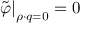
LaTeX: \left. \tilde { \varphi } \right| _ { \rho \cdot q = 0 } = 0